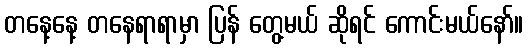
တနေ့နေ့ တနေရာရာမှာ ပြန် တွေ့မယ် ဆိုရင် ကောင်းမယ်နော်။